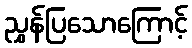
ညွှန်ပြသောကြောင့်